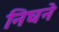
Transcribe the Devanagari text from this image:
निघने